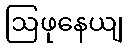
ဩဖုနေယျ